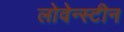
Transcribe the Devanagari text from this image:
लोवेन्स्टीन